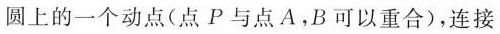
圆上的一个动点(点P与点A.B可以重合)，连接